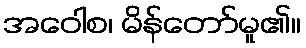
အဝေါစ၊ မိန်တော်မူ၏။